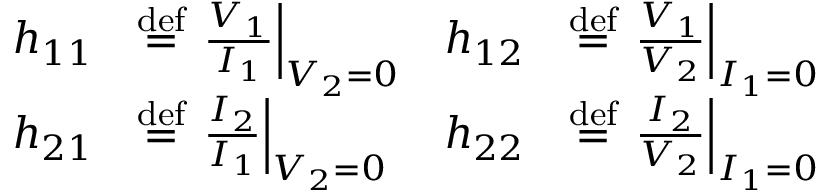
{ \begin{array} { r l r l } { h _ { 1 1 } } & { \mathrel { \stackrel { \mathrm { d e f } } { = } } \left. { \frac { V _ { 1 } } { I _ { 1 } } } \right| _ { V _ { 2 } = 0 } } & { h _ { 1 2 } } & { \mathrel { \stackrel { \mathrm { d e f } } { = } } \left. { \frac { V _ { 1 } } { V _ { 2 } } } \right| _ { I _ { 1 } = 0 } } \\ { h _ { 2 1 } } & { \mathrel { \stackrel { \mathrm { d e f } } { = } } \left. { \frac { I _ { 2 } } { I _ { 1 } } } \right| _ { V _ { 2 } = 0 } } & { h _ { 2 2 } } & { \mathrel { \stackrel { \mathrm { d e f } } { = } } \left. { \frac { I _ { 2 } } { V _ { 2 } } } \right| _ { I _ { 1 } = 0 } } \end{array} }